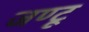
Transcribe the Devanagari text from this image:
जण्टू